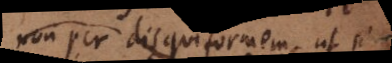
non per disquiformem, ut si